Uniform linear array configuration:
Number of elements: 16
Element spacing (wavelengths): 0.25
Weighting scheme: blackman
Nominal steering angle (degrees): -15
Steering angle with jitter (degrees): -16.45
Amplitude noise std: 0.05
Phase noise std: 0.05

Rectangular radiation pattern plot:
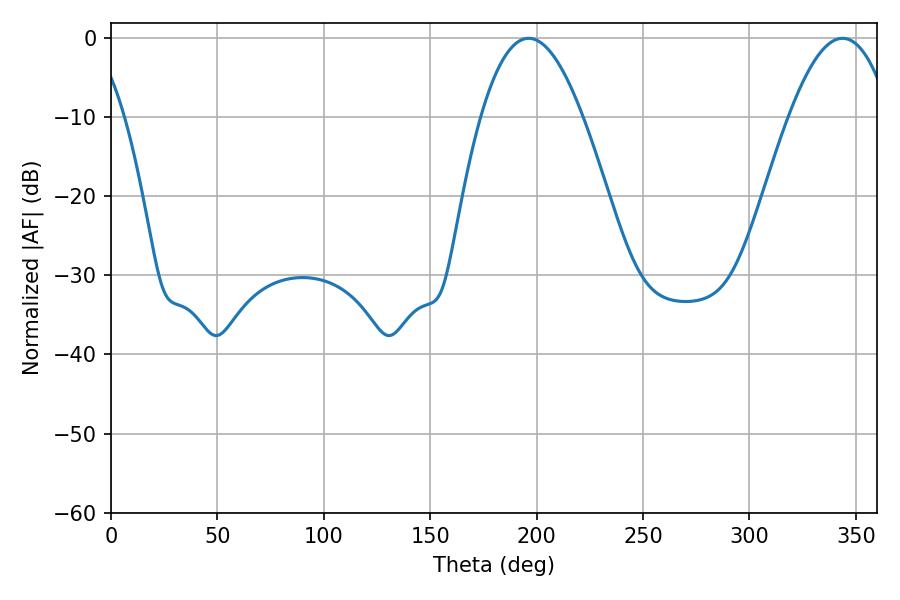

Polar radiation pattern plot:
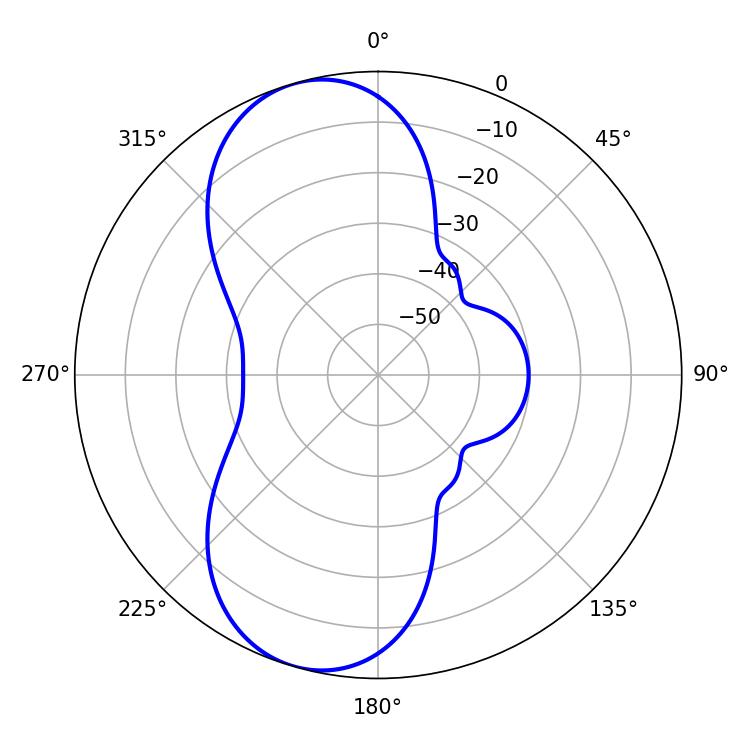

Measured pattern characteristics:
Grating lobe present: FALSE
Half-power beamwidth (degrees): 26.1
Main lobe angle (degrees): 343.8